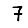
Digit: 7